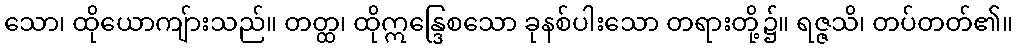
သော၊ ထိုယောကျ်ားသည်။ တတ္ထ၊ ထိုဣန္ဒြေစသော ခုနစ်ပါးသော တရားတို့၌။ ရဇ္ဇသိ၊ တပ်တတ်၏။